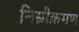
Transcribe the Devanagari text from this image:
निम्नीक्रमण